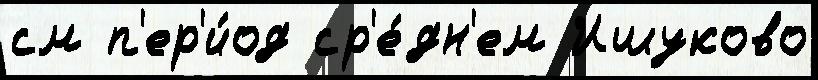
см п'ер'и́од ср'е́дн'ем Ишуково